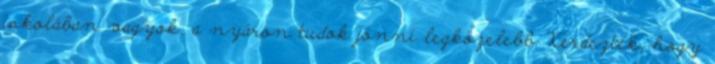
iskolában vagyok, a nyáron tudok jönni legközelebb. Kérdezték, hogy